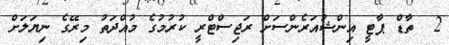
2  ތާޑް ޕާޓީ އިންޝުއަރެންސަށް ރަޖިސްޓްރީ ކުރުމުގެ މުއްދަތު މިރޭގެ ނިޔަލަށް